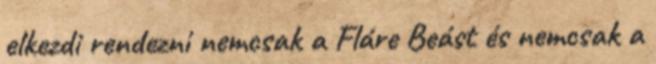
elkezdi rendezni nemcsak a Fláre Beást és nemcsak a